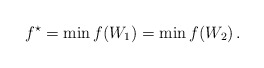
\begin{align*}f^\star=\min f(W_1)=\min f(W_2)\,.\end{align*}